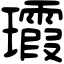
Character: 𤫑